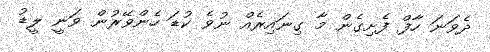
ދެވަނަ ހާފް ފެށިގެން މާ ގިނައިރެއް ނުވެ ކުޑަ ހެންވޭރުން ވަނީ ލީޑު